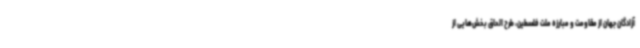
آزادگان جهان از مقاومت و مبارزه ملت فلسطین، طرح الحاق بخش‌هایی از